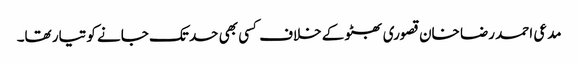
مدعی احمد رضا خان قصوری بھٹو کے خلاف کسی بھی حد تک جانے کو تیار تھا۔